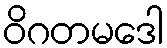
ဝိဂတမဒေါ